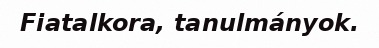
Fiatalkora, tanulmányok.